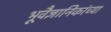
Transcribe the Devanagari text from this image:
भूवैज्ञानिकांच्या